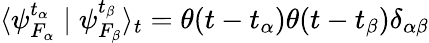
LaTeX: \langle\psi_{F_{\alpha}}^{t_{\alpha}}\mid\psi_{F_{\beta}}^{t_{\beta}}\rangle_{t}=\theta(t-t_{\alpha})\theta(t-t_{\beta})\delta_{\alpha\beta}